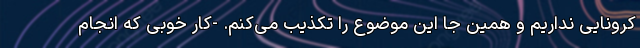
کرونایی نداریم و همین جا این موضوع را تکذیب می‌کنم. -کار خوبی که انجام